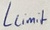
Text: Llimit